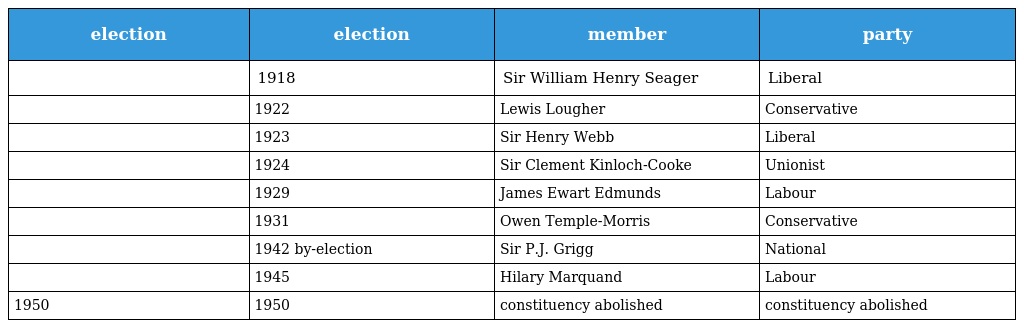
| election | election | member | party |
 | --- | --- | --- | --- |
 |  | 1918 | Sir William Henry Seager | Liberal |
 |  | 1922 | Lewis Lougher | Conservative |
 |  | 1923 | Sir Henry Webb | Liberal |
 |  | 1924 | Sir Clement Kinloch-Cooke | Unionist |
 |  | 1929 | James Ewart Edmunds | Labour |
 |  | 1931 | Owen Temple-Morris | Conservative |
 |  | 1942 by-election | Sir P.J. Grigg | National |
 |  | 1945 | Hilary Marquand | Labour |
 | 1950 | 1950 | constituency abolished | constituency abolished |